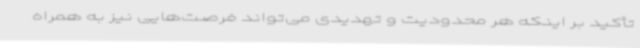
تأکید بر اینکه هر محدودیت و تهدیدی می‌تواند فرصت‌هایی نیز به همراه